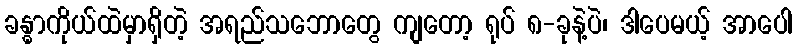
ခန္ဓာကိုယ်ထဲမှာရှိတဲ့ အရည်သဘောတွေ ကျတော့ ရုပ် ၈-ခုနဲ့ပဲ၊ ဒါပေမယ့် အာပေါ